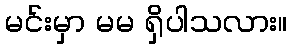
မင်းမှာ မမ ရှိပါသလား။